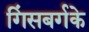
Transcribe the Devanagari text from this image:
गिंसबर्गके